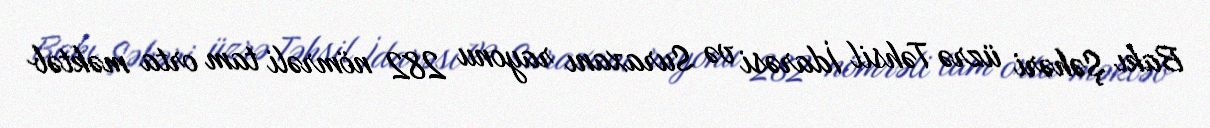
Bakı Şəhəri üzrə Təhsil İdarəsi və Suraxanı rayonu 282 nömrəli tam orta məktəb